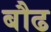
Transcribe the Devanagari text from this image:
बौढ